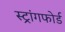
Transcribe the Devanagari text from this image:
स्ट्रांगफोर्ड